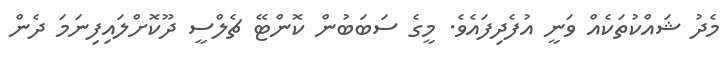
މެދު ޝައްކުތަކެއް ވަނީ އުފެދިފައެވެ. މީގެ ސަބަބުން ކޮންޓޭ ޗެލްސީ ދޫކޮށްލައިފިނަމަ ދެން